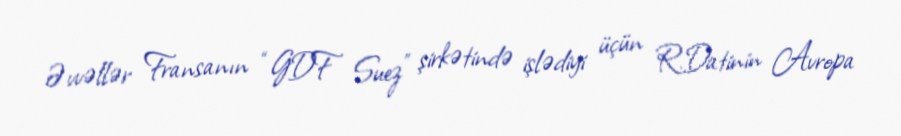
Əvvəllər Fransanın “GDF Suez” şirkətində işlədiyi üçün R.Datinin Avropa